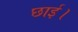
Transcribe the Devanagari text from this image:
छाई।